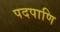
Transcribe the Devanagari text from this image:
पदपाणि